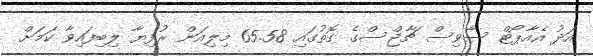
އަދު އެއާޕޯޓް ސާވިސް ޗާޖްސްގެ ގޮތުގައި 65.58 މިލިއަން ރުފިޔާ ލިބިފައިވާ ކަމަށް